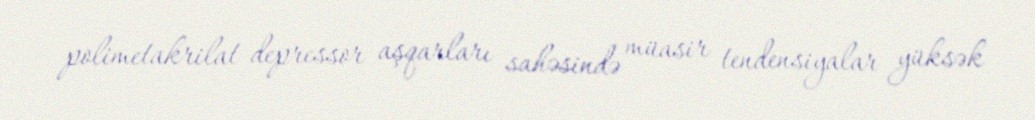
polimetakrilat depressor aşqarları sahəsində müasir tendensiyalar yüksək